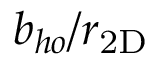
b _ { h o } / r _ { \mathrm { 2 D } }